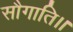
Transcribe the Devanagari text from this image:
सौगाति।।